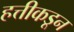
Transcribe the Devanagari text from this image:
हत्तीकडून